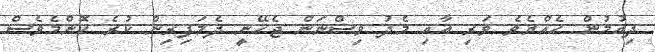
ދިއުމުން ހެއްޔެވެ ވަރި އާއި މެދު ވިސްނަން ޖެހޭނީ ދެމަފިރިން ކުރެ ކޮންމެވެސް